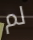
لم